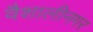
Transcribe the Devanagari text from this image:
वैशालीनगर